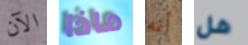
الآن ماذا أنه هل